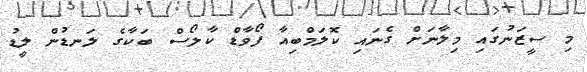
މި ސީޒަނުގައި މިލާނަށް ގެނައި ކޮލަމްބިއާ ފޯވާޑް ކާލޯސް ބަކާގެ ލަނޑުން ލީޑު